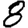
Digit: 8